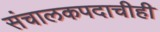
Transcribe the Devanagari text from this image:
संचालकपदाचीही